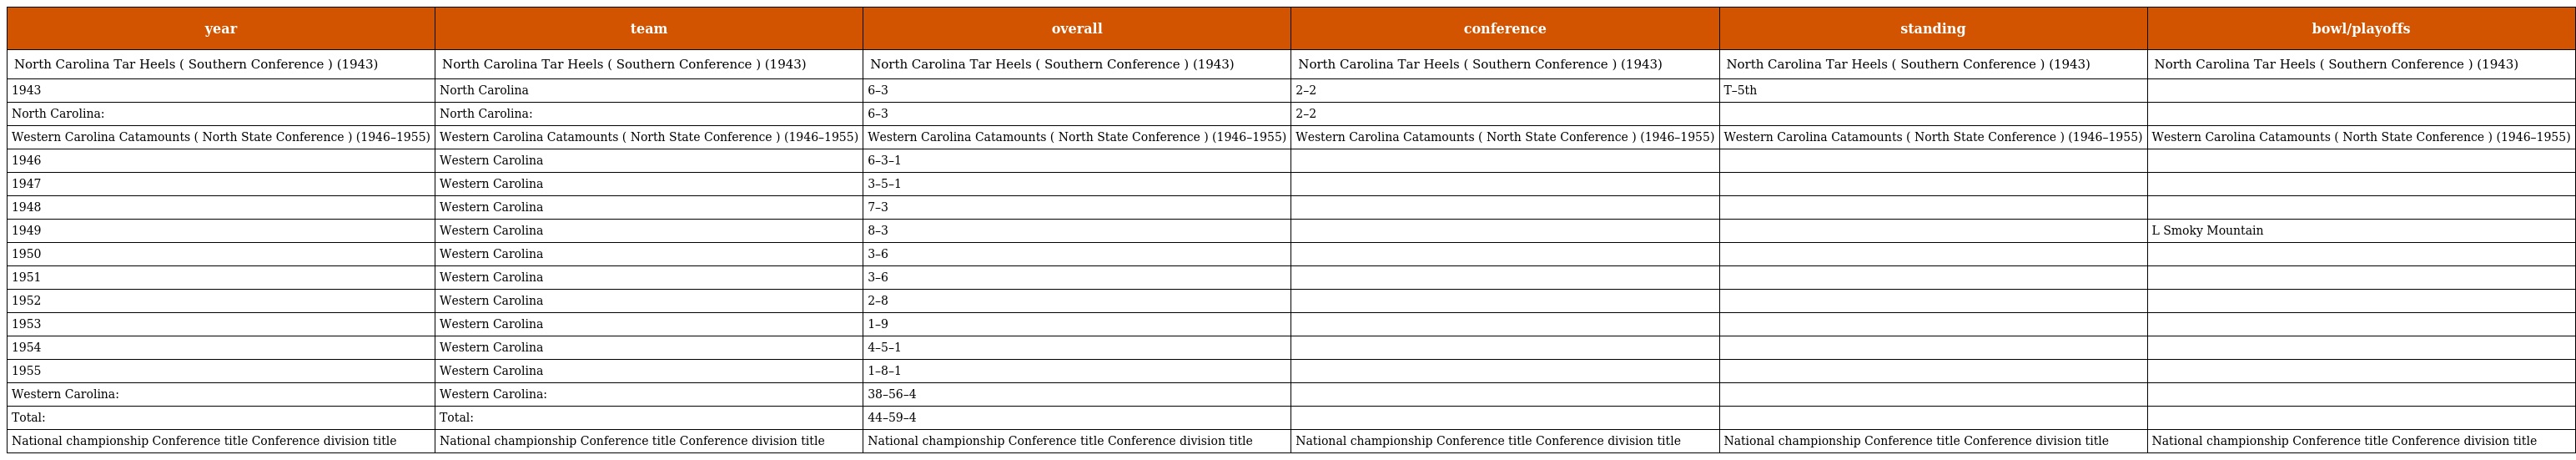
| year | team | overall | conference | standing | bowl/playoffs |
 | --- | --- | --- | --- | --- | --- |
 | North Carolina Tar Heels ( Southern Conference ) (1943) | North Carolina Tar Heels ( Southern Conference ) (1943) | North Carolina Tar Heels ( Southern Conference ) (1943) | North Carolina Tar Heels ( Southern Conference ) (1943) | North Carolina Tar Heels ( Southern Conference ) (1943) | North Carolina Tar Heels ( Southern Conference ) (1943) |
 | 1943 | North Carolina | 6–3 | 2–2 | T–5th |  |
 | North Carolina: | North Carolina: | 6–3 | 2–2 |  |  |
 | Western Carolina Catamounts ( North State Conference ) (1946–1955) | Western Carolina Catamounts ( North State Conference ) (1946–1955) | Western Carolina Catamounts ( North State Conference ) (1946–1955) | Western Carolina Catamounts ( North State Conference ) (1946–1955) | Western Carolina Catamounts ( North State Conference ) (1946–1955) | Western Carolina Catamounts ( North State Conference ) (1946–1955) |
 | 1946 | Western Carolina | 6–3–1 |  |  |  |
 | 1947 | Western Carolina | 3–5–1 |  |  |  |
 | 1948 | Western Carolina | 7–3 |  |  |  |
 | 1949 | Western Carolina | 8–3 |  |  | L Smoky Mountain |
 | 1950 | Western Carolina | 3–6 |  |  |  |
 | 1951 | Western Carolina | 3–6 |  |  |  |
 | 1952 | Western Carolina | 2–8 |  |  |  |
 | 1953 | Western Carolina | 1–9 |  |  |  |
 | 1954 | Western Carolina | 4–5–1 |  |  |  |
 | 1955 | Western Carolina | 1–8–1 |  |  |  |
 | Western Carolina: | Western Carolina: | 38–56–4 |  |  |  |
 | Total: | Total: | 44–59–4 |  |  |  |
 | National championship Conference title Conference division title | National championship Conference title Conference division title | National championship Conference title Conference division title | National championship Conference title Conference division title | National championship Conference title Conference division title | National championship Conference title Conference division title |